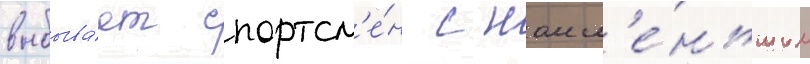
выбыва́ет спортсм'е́н с наим'е́ньшим